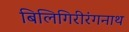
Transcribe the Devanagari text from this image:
बिलिगिरीरंगनाथ